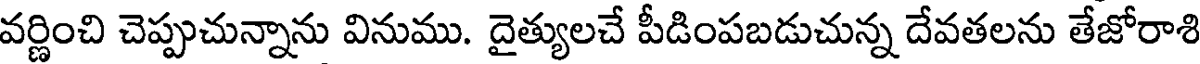
వర్ణించి చెప్పుచున్నాను వినుము. దైత్యులచే పీడింపబడుచున్న దేవతలను తేజోరాశి